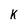
Character: K